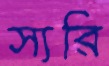
স্যরি